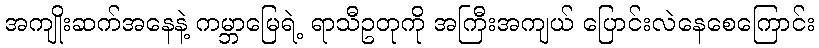
အကျိုးဆက်အနေနဲ့ ကမ္ဘာမြေရဲ့ ရာသီဥတုကို အကြီးအကျယ် ပြောင်းလဲနေစေကြောင်း